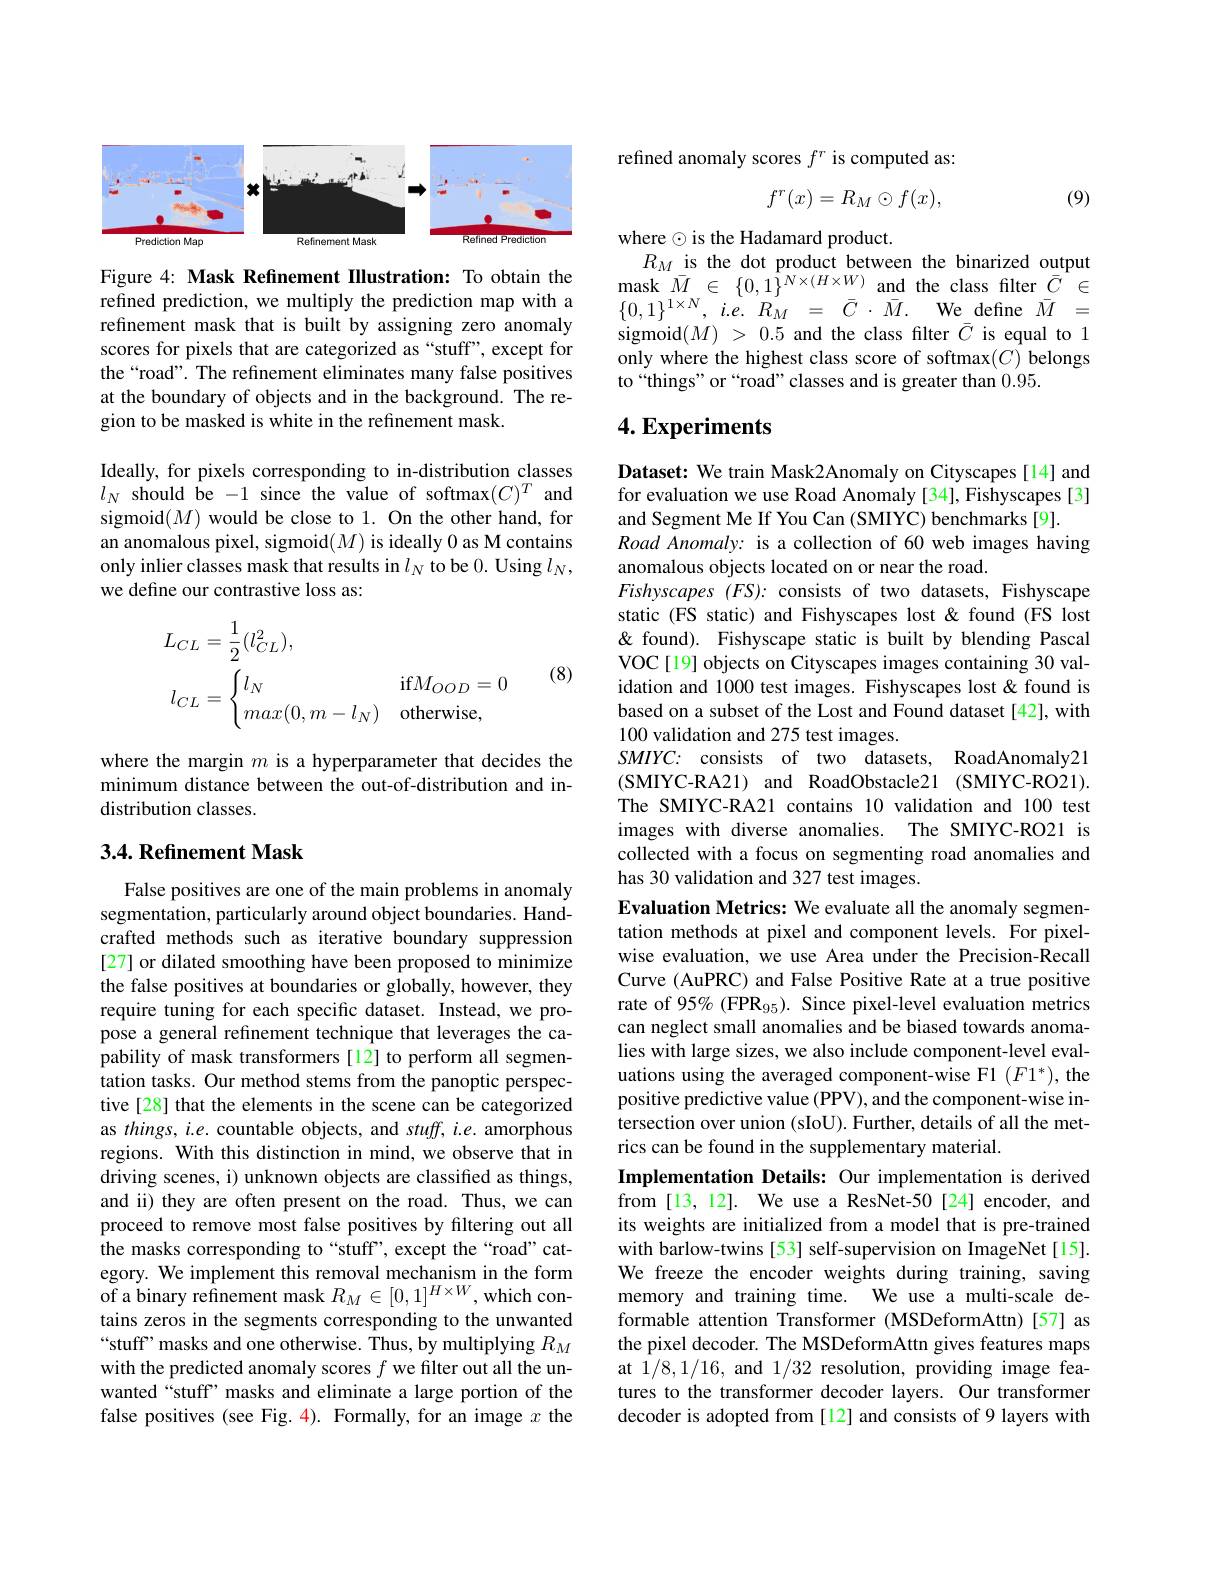
<FigureHere>

Figure 4: Mask Refinement Illustration: To obtain the refined prediction, we multiply the prediction map with a refinement mask that is built by assigning zero anomaly scores for pixels that are categorized as “stuff”, except for the“road”. The refinement eliminates many false positives at the boundary of objects and in the background. The region to be masked is white in the refinement mask.

Ideally, for pixels corresponding to in-distribution classes $l_{N}$ should be -1 since the value of softmax$(C)^T$ and sigmoid$(M)$ would be close to 1. On the other hand, for an anomalous pixel, sigmoid(M) is ideally 0 as M contains only inlier classes mask that results in $l_N$ to be 0. Using $l_N$, we define our contrastive loss as:
$$\begin{aligned}&L_{CL}=\frac{1}{2}(l_{CL}^{2}),\\&l_{CL}=\begin{cases}l_N&\text{if}M_{OOD}=0\\max(0,m-l_N)&\text{otherwise,}\end{cases}\end{aligned}$$
(8)

where the margin $m$ is a hyperparameter that decides the minimum distance between the out-of-distribution and indistribution classes.

## 3.4. Refinement Mask

False positives are one of the main problems in anomaly segmentation, particularly around object boundaries. Handcrafted methods such as iterative boundary suppression [27] or dilated smoothing have been proposed to minimize the false positives at boundaries or globally, however, they require tuning for each specific dataset. Instead, we propose a general refinement technique that leverages the capability of mask transformers[12] to perform all segmentation tasks. Our method stems from the panoptic perspective [28] that the elements in the scene can be categorized as things, i.e. countable objects, and stuff, i.e. amorphous regions. With this distinction in mind, we observe that in driving scenes, i) unknown objects are classified as things, and ii) they are often present on the road. Thus, we can proceed to remove most false positives by filtering out all the masks corresponding to“stuff’, except the“road”category. We implement this removal mechanism in the form of a binary refinement mask $R_M\in[0,1]^{H\times W}$, which contains zeros in the segments corresponding to the unwanted “stuff’masks and one otherwise. Thus, by multiplying $R_M$ with the predicted anomaly scores $f$ we filter out all the unwanted“stuff” masks and eliminate a large portion of the false positives (see Fig. 4). Formally, for an image $x$ the

refined anomaly scores $f^r$ is computed as:
$$f^r(x)=R_M\odot f(x),$$
(9)

where$\odot$is the Hadamard product.
$R_M$ is the dot product between the binarized output $\mathrm{mask}_{-}\bar{M}\in{\{0,1\}^{N\times(H\times W)}}_{-}$and the class filter$\underline{\bar{C}}\in$ $\{0,1\}^{1\times N},~i.e.~R_{M}~=~\bar{C}~\cdot\bar{M}.~\mathrm{We}_{-}~$define$~\bar{M}~=$ sigmoid$(M)>0.5$ and the class filter $\bar{C}$ is equal to 1 only where the highest class score of softmax(C) belongs to“things”or“road”classes and is greater than 0.95.

## $4. \textbf{Experiments}$

Dataset: We train Mask2Anomaly on Cityscapes[14] and for evaluation we use Road Anomaly [34], Fishyscapes [3] and Segment Me If You Can (SMIYC) benchmarks [9].
Road Anomaly: is a collection of 60 web images having
anomalous objects located on or near the road
Fishyscapes (FS): consists of two datasets, Fishyscape static (FS static) and Fishyscapes lost &found (FS lost & found). Fishyscape static is built by blending Pascal VOC[19] objects on Cityscapes images containing 30 validation and 1000 test images. Fishyscapes lost &found is based on a subset of the Lost and Found dataset [42], with 100 validation and 275 test images.
$SMIYC{: }$ consists of two datasets, RoadAnomaly21 (SMIYC-RA21) and RoadObstacle21 (SMIYC-RO21). The SMIYC-RA21 contains 10 validation and 100 test images with diverse anomalies. The SMIYC-RO21 is collected with a focus on segmenting road anomalies and has 30 validation and 327 test images.
Evaluation Metrics: We evaluate all the anomaly segmentation methods at pixel and component levels. For pixelwise evaluation, we use Area under the Precision-Recall Curve (AuPRC) and False Positive Rate at a true positive rate of 95% (FPR$_{95}).$ Since pixel-level evaluation metrics can neglect small anomalies and be biased towards anomalies with large sizes, we also include component-level evaluations using the averaged component-wise F1 $(F1^*)$, the positive predictive value (PPV), and the component-wise intersection over union (sIoU). Further, details of all the metrics can be found in the supplementary material.
Implementation Details: Our implementation is derived from [13,12]. We use a ResNet-50 [24] encoder, and its weights are initialized from a model that is pre-trained with barlow-twins [53] self-supervision on ImageNet[15]. We freeze the encoder weights during training, saving memory and training time. We use a multi-scale deformable attention Transformer (MSDeformAttn) [57] as the pixel decoder. The MSDeformAttn gives features maps at 1/8,1/16, and 1/32 resolution, providing image features to the transformer decoder layers. Our transformer decoder is adopted from [12] and consists of 9 layers with